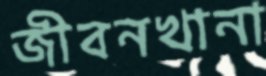
জীবনখানা